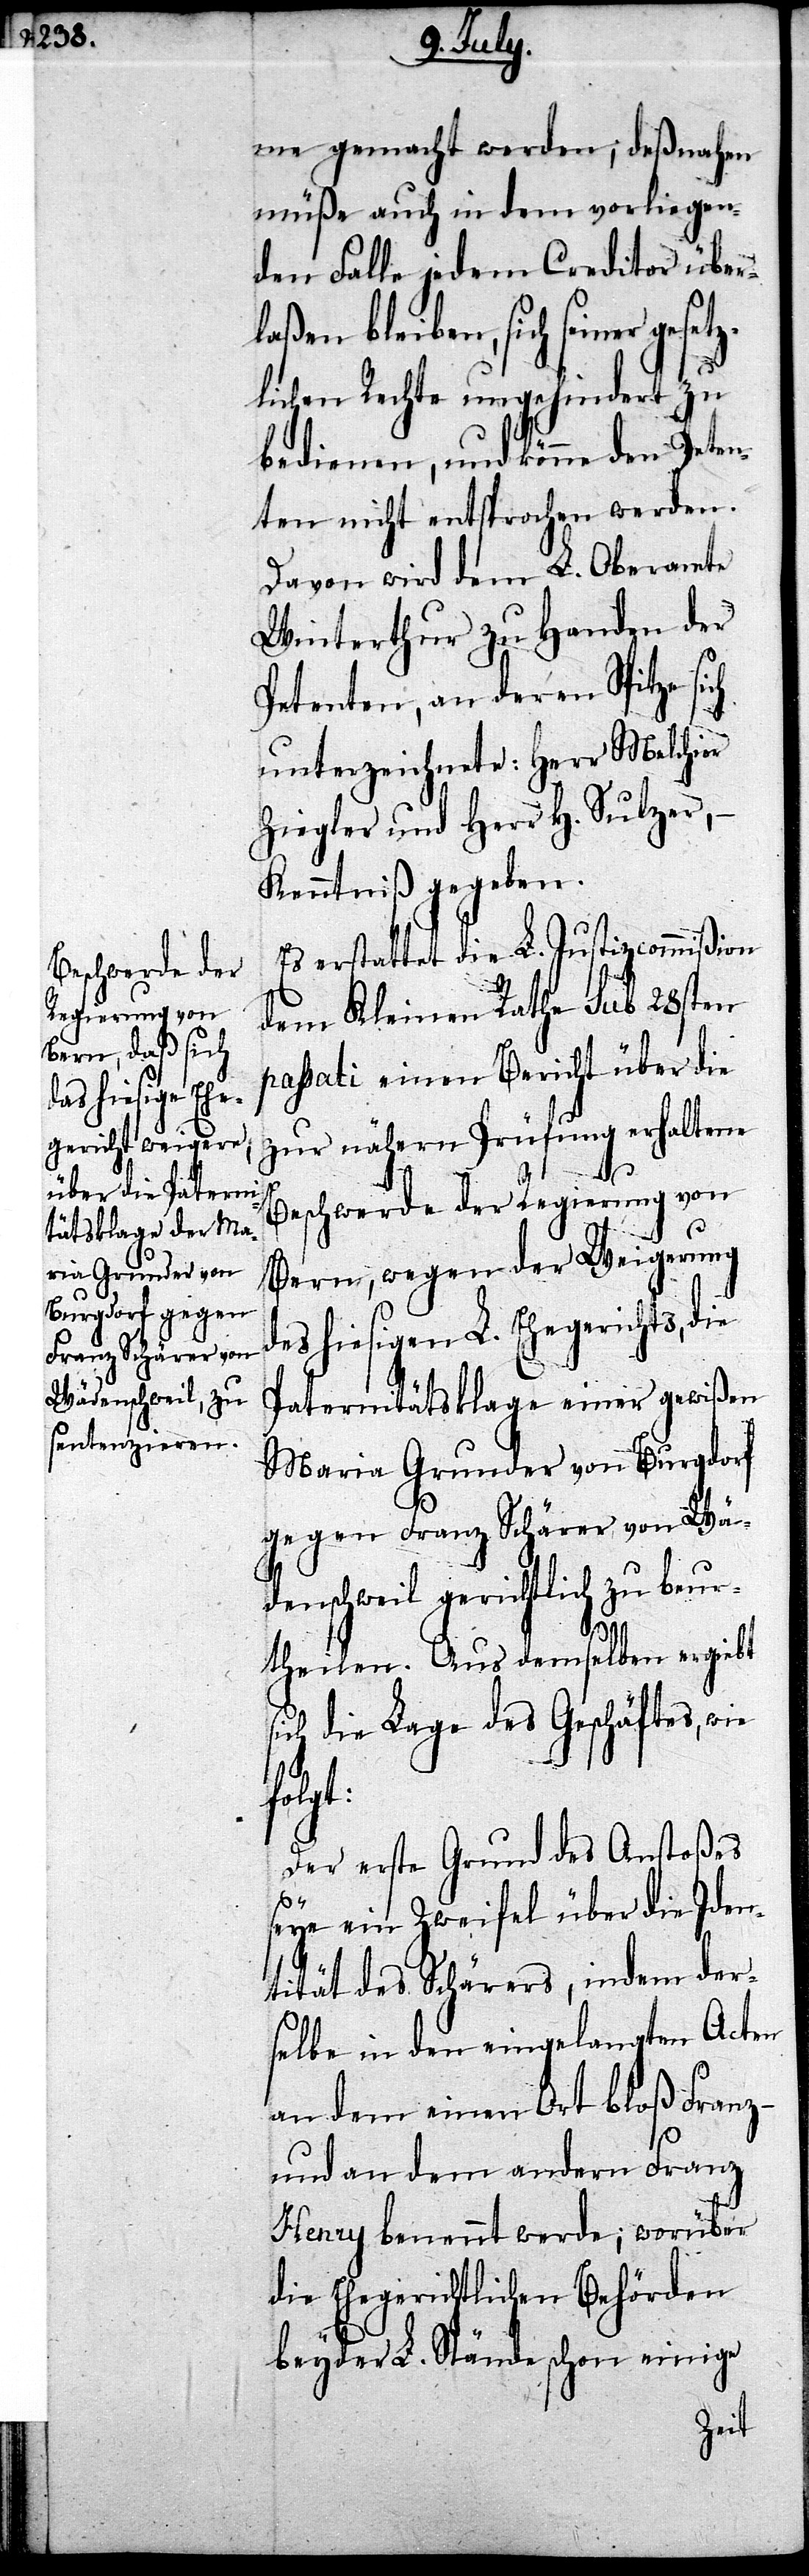
me gemacht werden; deßnahen
müße auch in dem vorliegen¬
den Falle jedem Creditor über¬
laßen bleiben, sich seiner ge¬
lichen Rechte ungehindert zu
bedienen, und könne den Peten¬
ten nicht entsprochen werden.
Davon wird dem L. Oberamte
Winterthur zu Handen der
Petenten, an deren Spitze sich
unterzeichnete: Herr Melchior
Ziegler und Herr H. Sulzer, –
Kenntniß gegeben.
Es erstattet die L. Justizscommißion
dem Kleinen Rathe sub 28sten
passati einen Bericht über die
zur nähern Prüfung erhaltene
Beschwerde der Regierung von
Bern, wegen der Weigerung d¬
es hiesigen L. Ehegerichts,
Paternitätsklage einer gewißen
Maria Gunder von Burgdorf
gegen Franz Schärer von Wä¬
denschweil gerichtlich zu beur¬
theilen. Aus demselben ergiebt
die Lage des Geschäftes,
folgt:
Der erste Grund des Anstoßes
seye ein Zweifel über die Iden¬
tität des Schärers, indem der¬
selbe in den eingelangten Acten
an dem einen Ort bloß Franz –
und an dem andern Franz
Henry benannt werde; worüber
die Ehegerichtlichen Behörden
bey der L. Stände schon einige